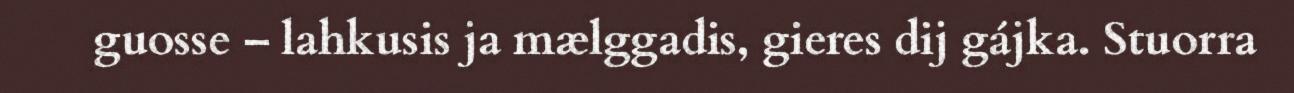
guosse – lahkusis ja mælggadis, gieres dij gájka. Stuorra